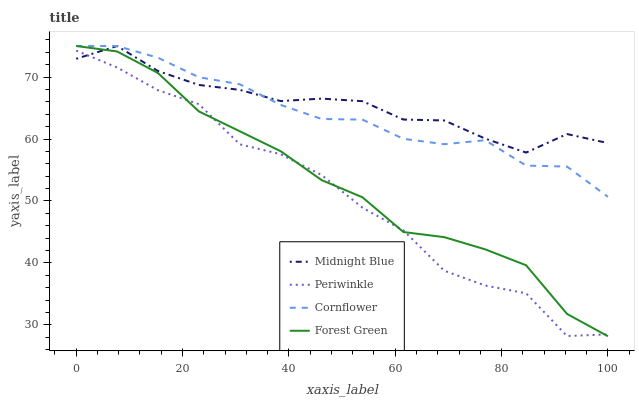
| xaxis_label | Midnight Blue | Periwinkle | Cornflower | Forest Green |
 | --- | --- | --- | --- | --- |
 | 0 | 72.9 | 74.3 | 75 | 75 |
 | 7.69 | 75 | 71.5 | 75 | 74.1 |
 | 15.4 | 71 | 67.9 | 73.1 | 70.6 |
 | 23.1 | 68.7 | 65.6 | 70 | 64.4 |
 | 30.8 | 67.9 | 59.1 | 68.8 | 61.2 |
 | 38.5 | 66.1 | 57.5 | 65.5 | 58 |
 | 46.2 | 66.5 | 54.2 | 63.2 | 53.4 |
 | 53.8 | 66.1 | 48.9 | 63.1 | 50.6 |
 | 61.5 | 63.1 | 45.3 | 60 | 45 |
 | 69.2 | 63 | 38.7 | 59.2 | 44.2 |
 | 76.9 | 60.1 | 36.4 | 59.8 | 42.2 |
 | 84.6 | 57.8 | 35.1 | 55.7 | 39.6 |
 | 92.3 | 60.8 | 28.2 | 55.6 | 31.8 |
 | 100 | 59.3 | 28.5 | 50.7 | 28.2 |